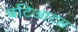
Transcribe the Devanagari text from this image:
बटिआटस